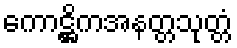
ကောဋ္ဌိကအနတ္တသုတ္တံ